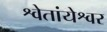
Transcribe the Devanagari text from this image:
श्वेतांयेश्वर